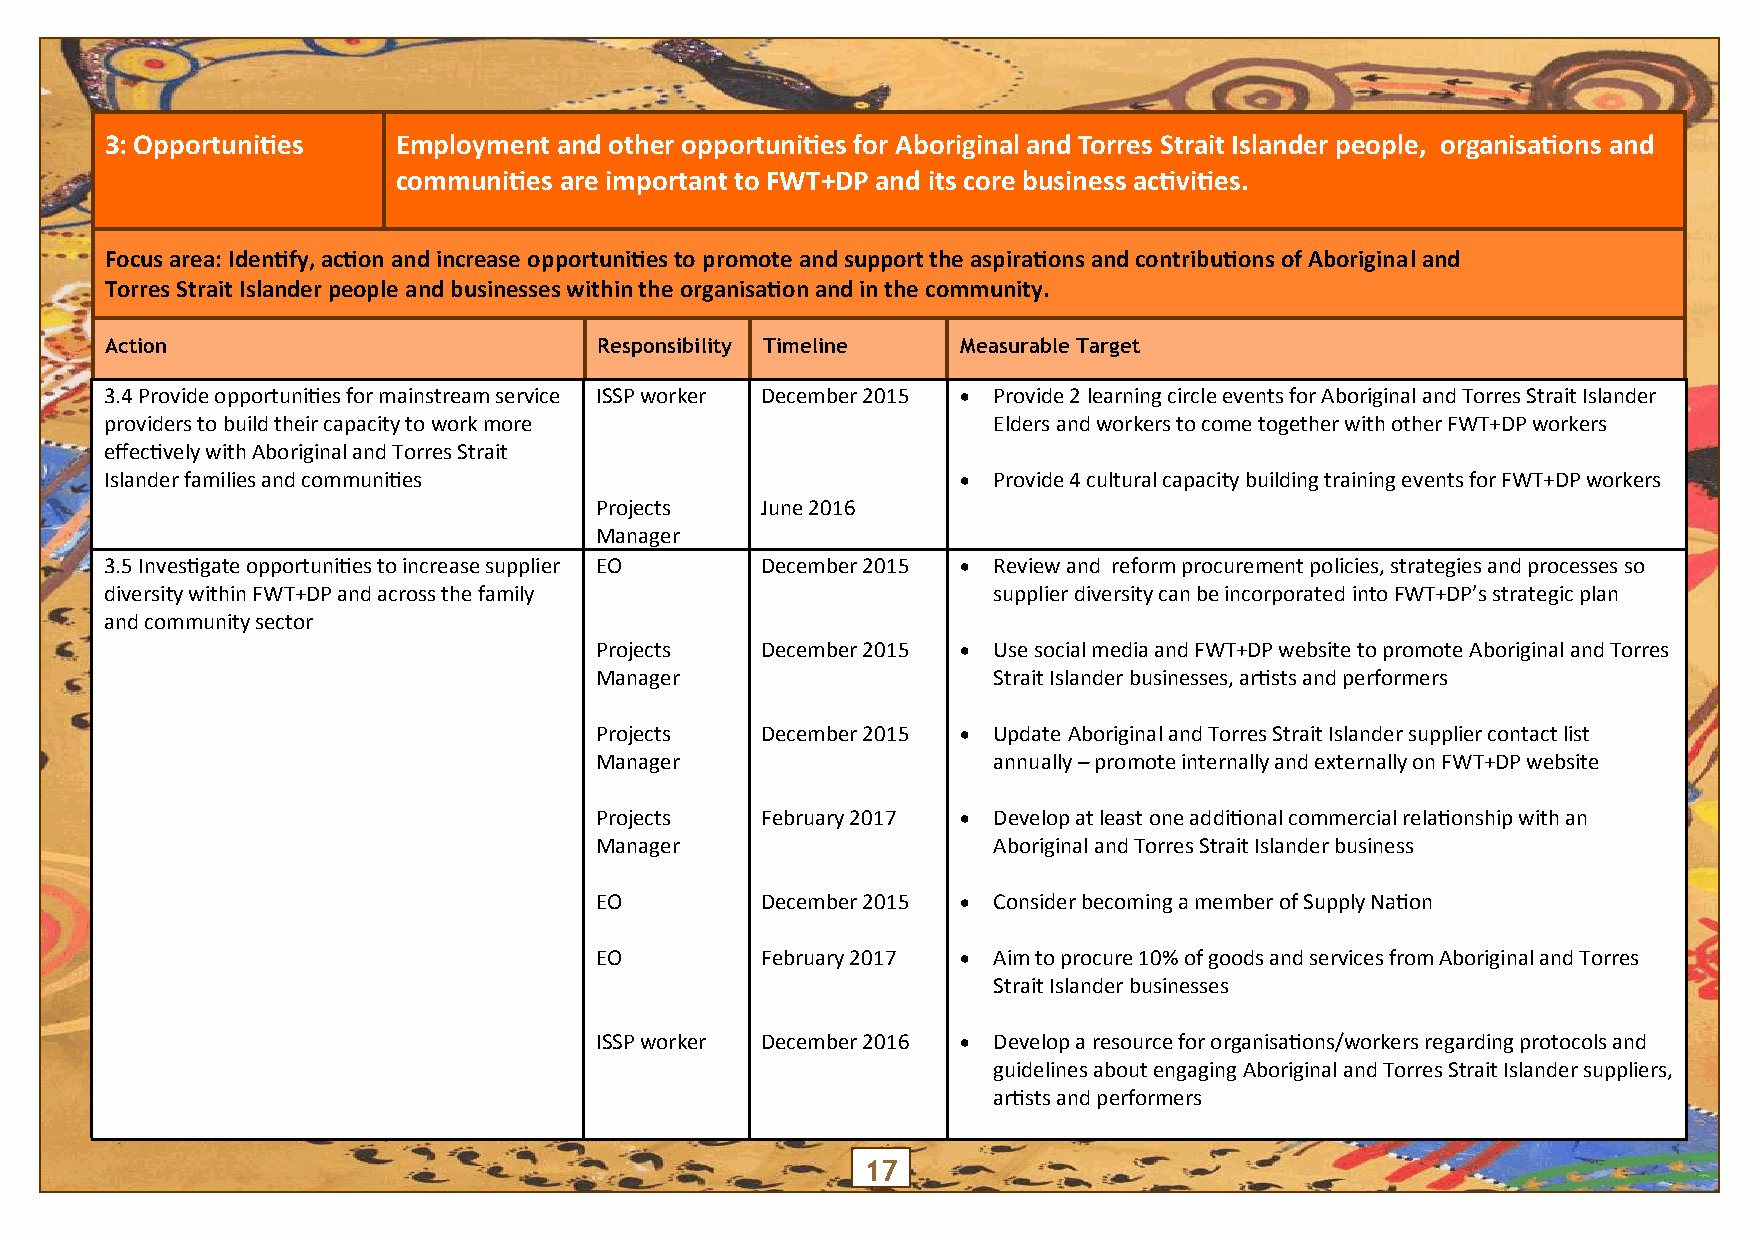
3: Opportunities   Employment and other opportunities for Aboriginal and Torres Strait Islander people, organisations and
 communities are important to FWT+DP and its core business activities.
 Focus area: Identify, action and increase opportunities to promote and support the aspirations and contributions of Aboriginal and
 Torres Strait Islander people and businesses within the organisation and in the community.
 Action                           Responsibility Timeline Measurable Target
 3.4 Provide opportunities for mainstream service ISSP worker December 2015  Provide 2 learning circle events for Aboriginal and Torres Strait Islander
 providers to build their capacity to work more             Elders and workers to come together with other FWT+DP workers
 effectively with Aboriginal and Torres Strait
 Islander families and communities                         Provide 4 cultural capacity building training events for FWT+DP workers
 Projects   June 2016
 Manager
 3.5 Investigate opportunities to increase supplier EO December 2015  Review and reform procurement policies, strategies and processes so
 diversity within FWT+DP and across the family              supplier diversity can be incorporated into FWT+DP’s strategic plan
 and community sector
 Projects   December 2015  Use social media and FWT+DP website to promote Aboriginal and Torres
 Manager                    Strait Islander businesses, artists and performers
 Projects   December 2015  Update Aboriginal and Torres Strait Islander supplier contact list
 Manager                    annually – promote internally and externally on FWT+DP website
 Projects   February 2017  Develop at least one additional commercial relationship with an
 Manager                    Aboriginal and Torres Strait Islander business
 EO         December 2015  Consider becoming a member of Supply Nation
 EO         February 2017  Aim to procure 10% of goods and services from Aboriginal and Torres
 Strait Islander businesses
 ISSP worker December 2016  Develop a resource for organisations/workers regarding protocols and
 guidelines about engaging Aboriginal and Torres Strait Islander suppliers,
 artists and performers
 17